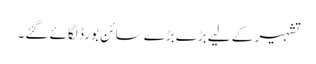
تشہیر کے لیے بڑےبڑے سائن بورڈ لگائے گئے۔